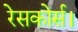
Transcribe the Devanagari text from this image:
रेसकोर्स।